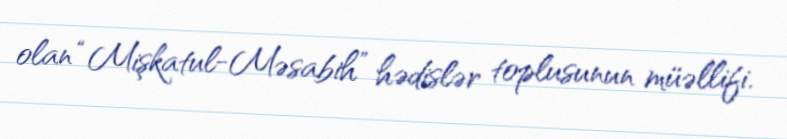
olan “Mişkatul-Məsabih” hədislər toplusunun müəllifi.